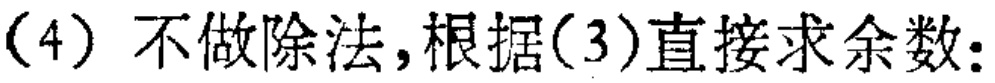
(4) 不做除法,根据(3)直接求余数: